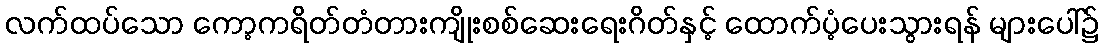
လက်ထပ်သော ကော့ကရိတ်တံတားကျိုးစစ်ဆေးရေးဂိတ်နှင့် ထောက်ပံ့ပေးသွားရန် များပေါ်၌